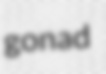
gonad